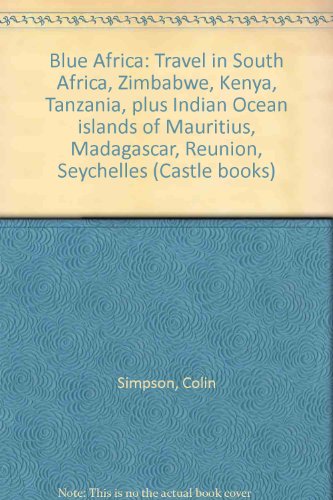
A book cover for Blue Africa: Travel in South Africa, Zimbabwe, Kenya, Tanzania, plus Indian Ocean islands of Mauritius, Madagascar, Reunion, Seychelles (Castle books); Colin Simpson; Travel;